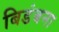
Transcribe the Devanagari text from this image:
बिडंबना